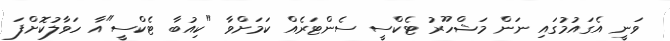
ވަނީ އެގައުމުގައި ނަން މަޝްހޫރު ޓެކްސީ ސެންޓަރެއް ކަމަށްވާ "ކިއުބާ ޓެކްސީ"އާ ހަވާލުކޮށްފަ